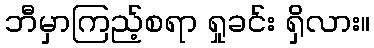
ဘီမှာကြည့်စရာ ရှုခင်း ရှိလား။